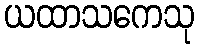
ယထာသကေသု